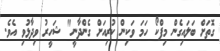
ގޮތަށް ބަލައިގެން މިފްކޯ ހަމަ ވަކިން ކުރިއަށް ގެންދާނީ" ޝަހީރު ވިދާޅުވި އެވެ.